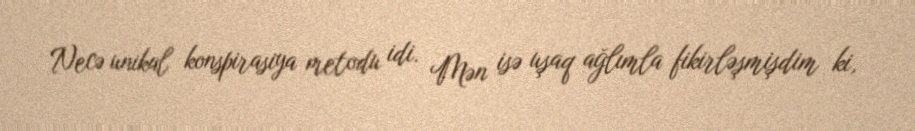
Necə unikal konspirasiya metodu idi. Mən isə uşaq ağlımla fikirləşmişdim ki,